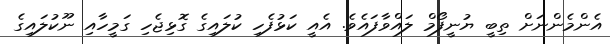
އެންމެންނަށް ތިބީ ޔުނީފޯމް ލައްވާފައެވެ. އެއީ ކަޅުފެހި ކުލައިގެ ގޮޅިޖެހި ގަމީހާއި ނޫކުލައިގެ